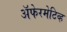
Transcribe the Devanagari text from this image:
अॅफेरमेटिव्ह